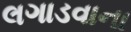
લગાડવાના